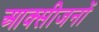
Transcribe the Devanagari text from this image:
आक्सीजनों